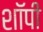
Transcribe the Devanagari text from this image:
शाॅपी